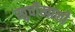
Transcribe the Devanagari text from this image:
खुर्चीखाली